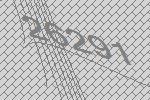
26291